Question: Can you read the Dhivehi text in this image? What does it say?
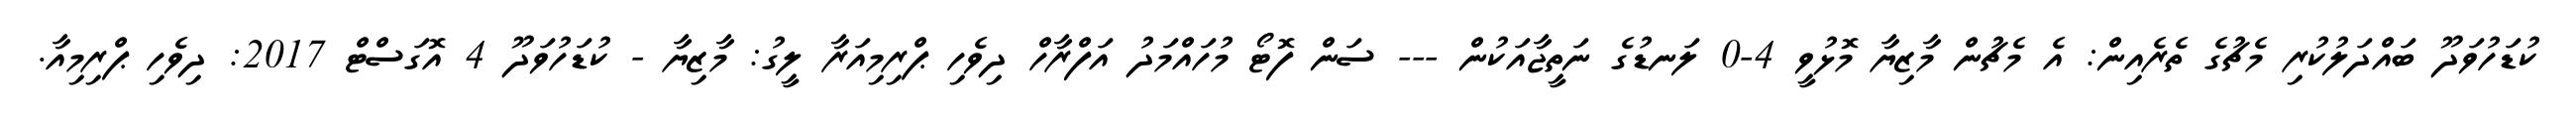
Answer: ކުޑަހުވަދޫ ބައްދަލުކުރި މެޗުގެ ތެރެއިން: އެ މެޗުން މާޒިޔާ މޮޅުވީ 4-0 ލަނޑުގެ ނަތީޖާއަކުން --- ސަން ފޮޓޯ މުހައްމަދު އަފްރާހް ދިވެހި ޕްރިމިއަރާ ލީގު: މާޒިޔާ - ކުޑަހުވަދޫ 4 އޮގަސްޓް 2017: ދިވެހި ޕްރިމިއާ.